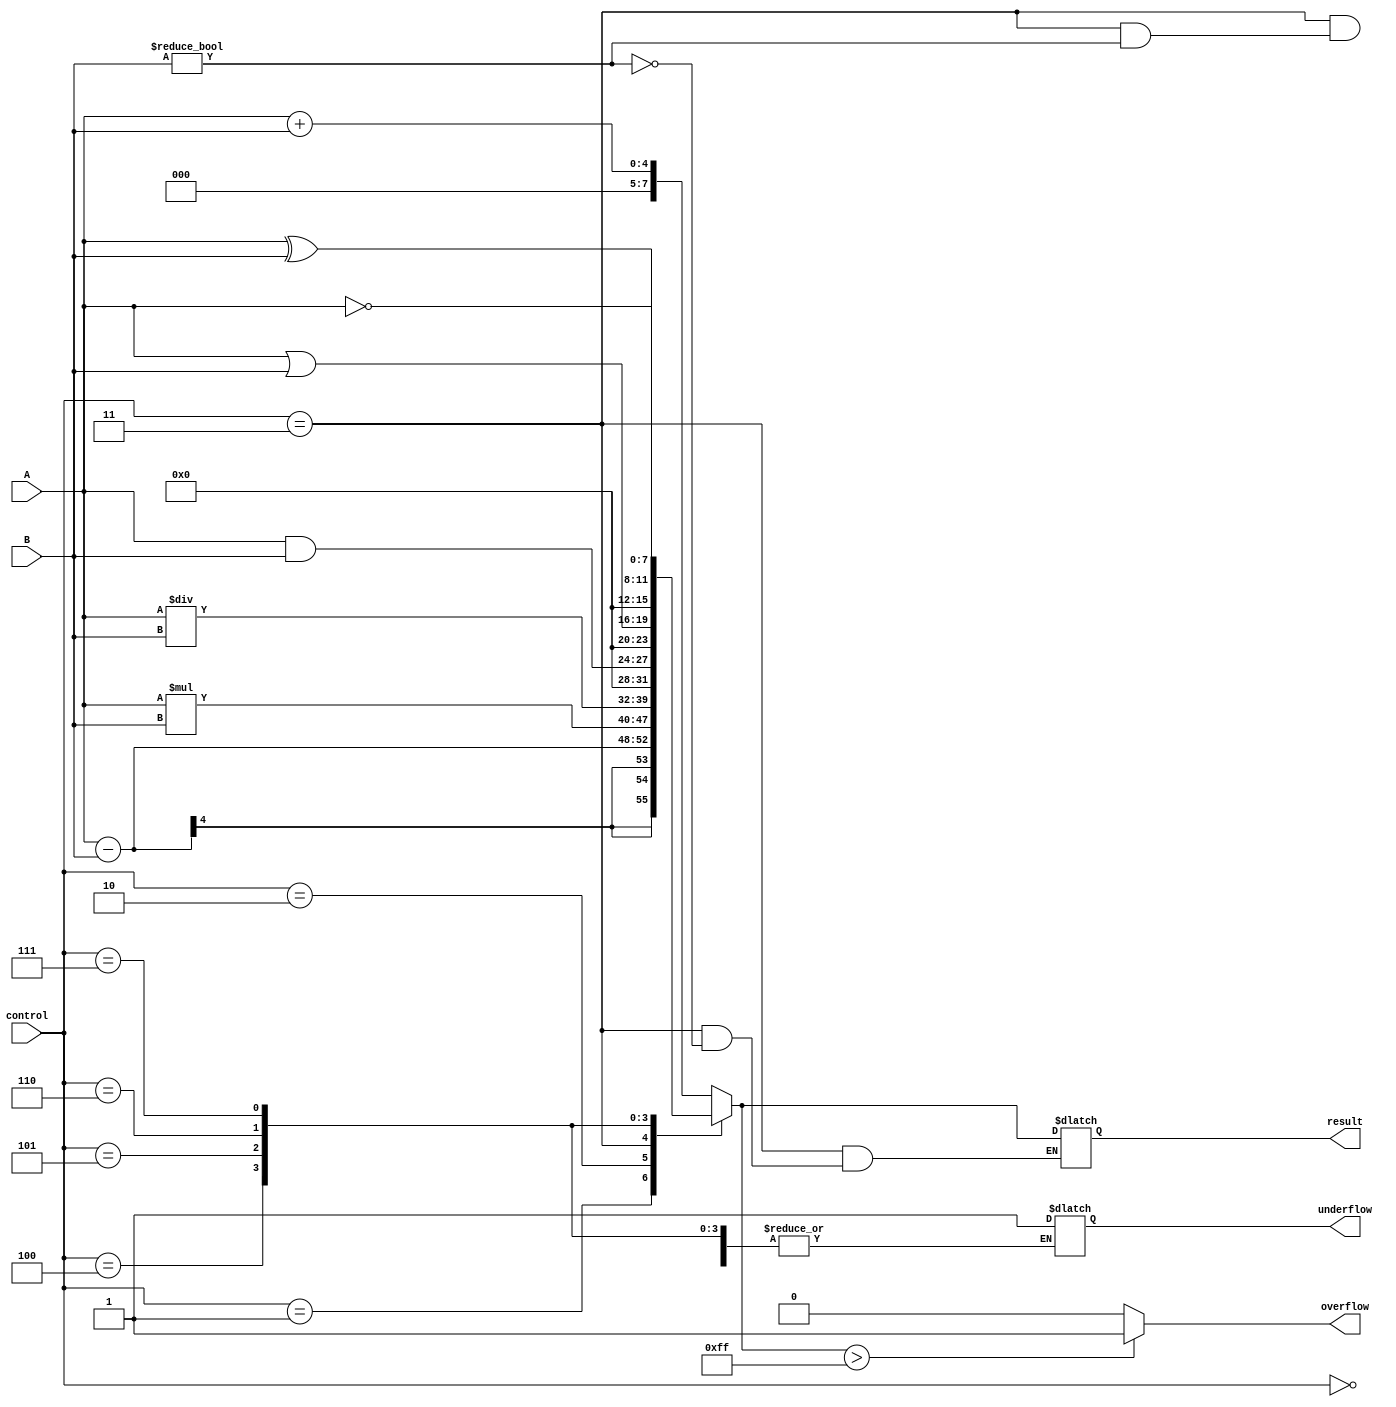
module ALU (
    input [3:0] A,
    input [3:0] B,
    input [2:0] control,
    output [7:0] result,
    output overflow,
    output underflow
);

reg [7:0] result;
reg overflow;
reg underflow;

always @(*) begin
    case(control)
        3'b000: result = A + B;
        3'b001: result = A - B;
        3'b010: result = A * B;
        3'b011: begin
                    if(B != 0)
                        result = A / B;
                    else
                        underflow = 1;
                end
        3'b100: result = A & B;
        3'b101: result = A | B;
        3'b110: result = A ^ B;
        3'b111: result = ~A;
    endcase

    if(result > 255)
        overflow = 1;
    else
        overflow = 0;
end

endmodule